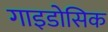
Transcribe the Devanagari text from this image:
गाइडोसिक